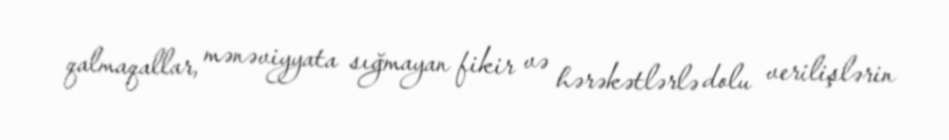
qalmaqallar, mənəviyyata sığmayan fikir və hərəkətlərlə dolu verilişlərin